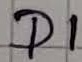
Text: D1